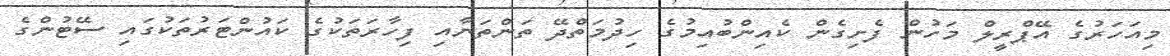
މިއަހަރުގެ އޭޕްރީލް މަހުން ފެށިގެން ކެއިންބުއިމުގެ ހިދުމަތްދޭ ތަންތަނާއި ފިހާރަތަކުގެ ކައުންޓަރުތަކުގައި ސޭޓުންގެ